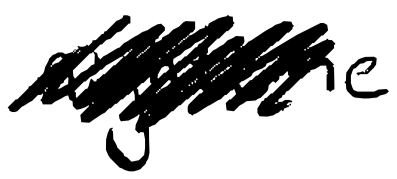
Text: nighttime
Cross-out: scratch
Writing tool: digital_black